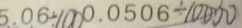
5 . 0 6 \div 1 0 0 0 . 0 5 0 6 \div 1 0 0 0 0